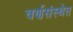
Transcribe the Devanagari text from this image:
वर्णसंस्थेत